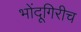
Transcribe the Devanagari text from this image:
भोंदूगिरीच